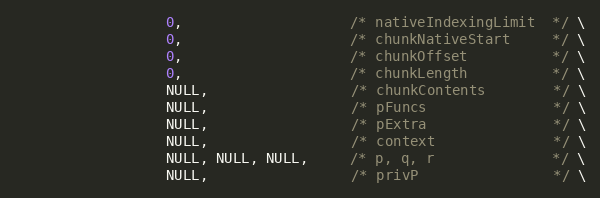
Language: C
                  0,                    /* nativeIndexingLimit  */ \
                  0,                    /* chunkNativeStart     */ \
                  0,                    /* chunkOffset          */ \
                  0,                    /* chunkLength          */ \
                  NULL,                 /* chunkContents        */ \
                  NULL,                 /* pFuncs               */ \
                  NULL,                 /* pExtra               */ \
                  NULL,                 /* context              */ \
                  NULL, NULL, NULL,     /* p, q, r              */ \
                  NULL,                 /* privP                */ \